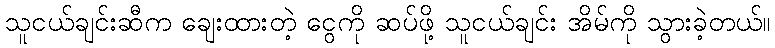
သူငယ်ချင်းဆီက ချေးထားတဲ့ ငွေကို ဆပ်ဖို့ သူငယ်ချင်း အိမ်ကို သွားခဲ့တယ်။